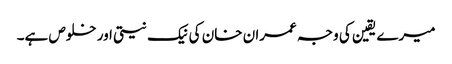
میرے یقین کی وجہ عمران خان کی نیک نیتی اور خلوص ہے۔